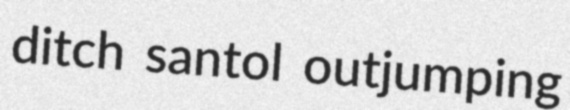
ditch santol outjumping